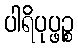
ပါရိပုပ္ဖဉ္စ